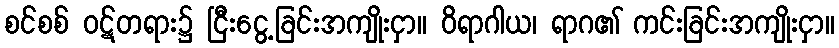
စင်စစ် ဝဋ်တရား၌ ငြီးငွေ့ခြင်းအကျိုးငှာ။ ဝိရာဂါယ၊ ရာဂ၏ ကင်းခြင်းအကျိုးငှာ။